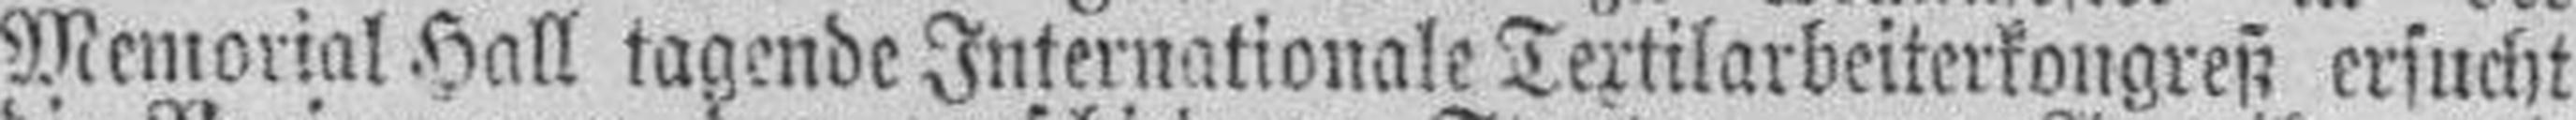
Memorial Hall tagende Internationale Textilarbeiterkongreß ersucht